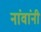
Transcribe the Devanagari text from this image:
नांवांनी